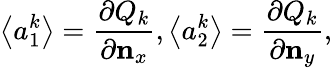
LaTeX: \left\langle a_{1}^{k}\right\rangle=\frac{\partial{{Q}_{k}}}{\partial{{\mathbf{n}}_{x}}},\left\langle a_{2}^{k}\right\rangle=\frac{\partial{{Q}_{k}}}{\partial{{\mathbf{n}}_{y}}},